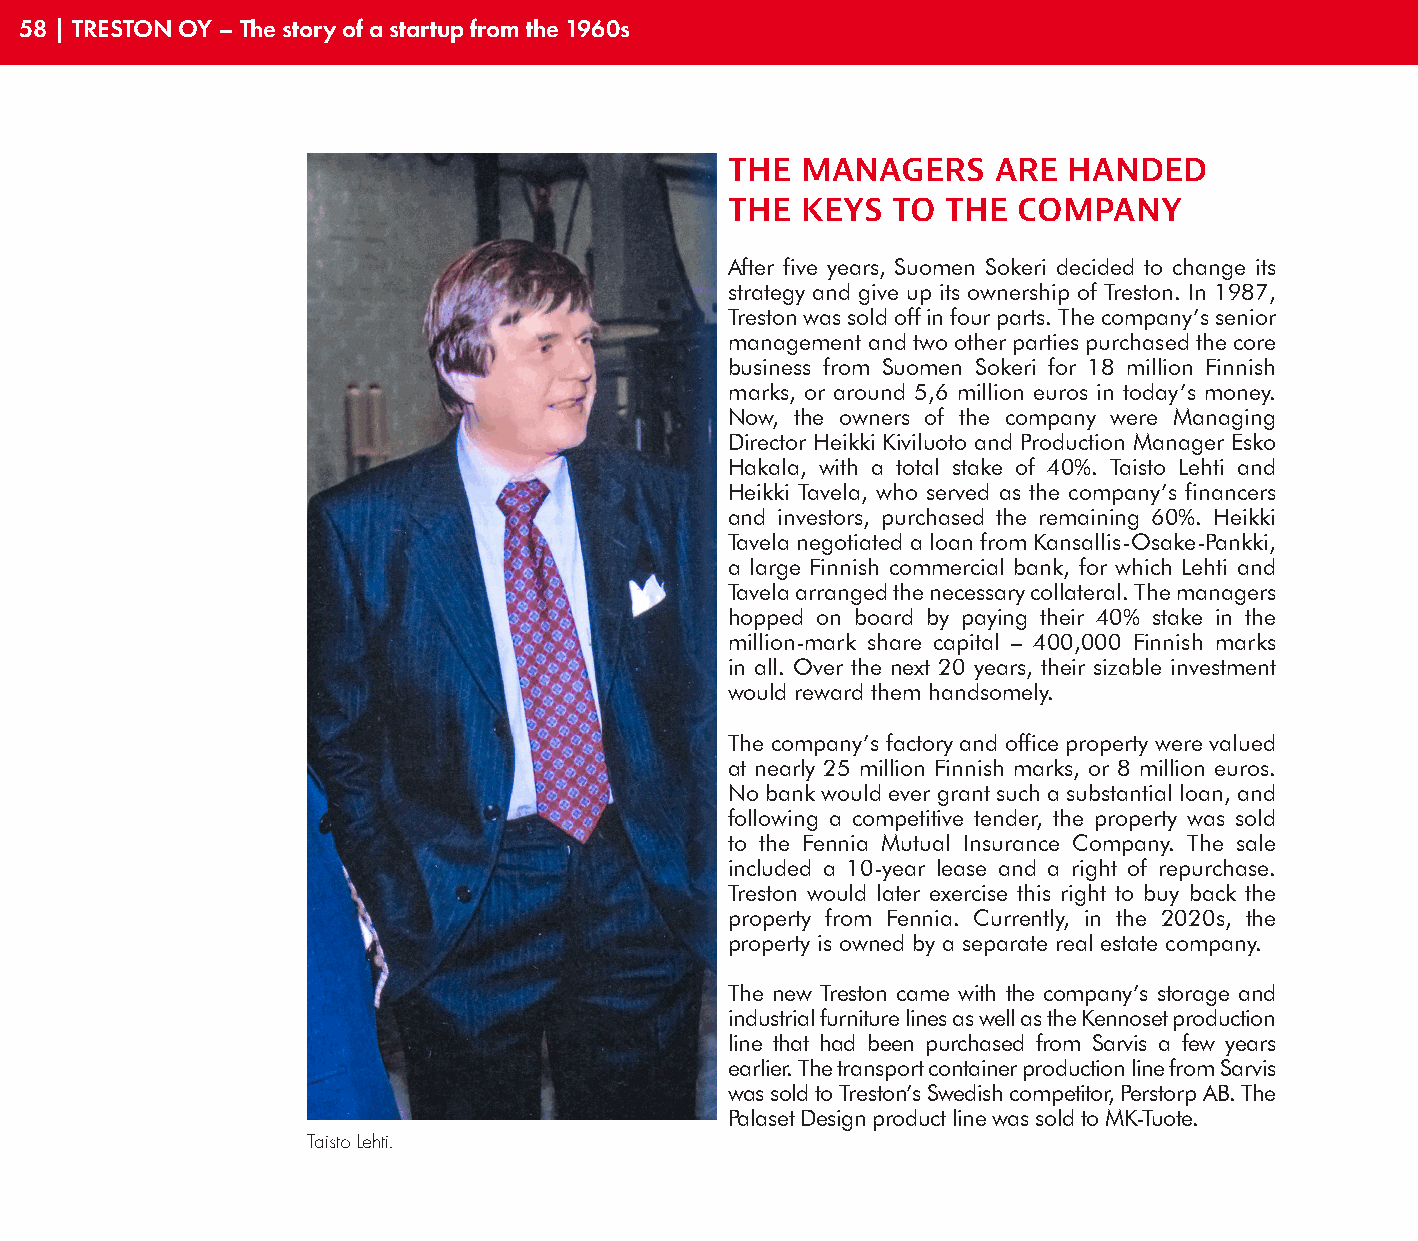
58 | TRESTON OY – The story of a startup from the 1960s
 THE  MANAGERS     ARE  HANDED
 THE  KEYS  TO  THE COMPANY
 After five years, Suomen Sokeri decided to change its
 strategy and give up its ownership of Treston. In 1987,
 Treston was sold off in four parts. The company’s senior
 management and two other parties purchased the core
 business from Suomen Sokeri for 18 million Finnish
 marks, or around 5,6 million euros in today’s money.
 Now, the owners of the company were Managing
 Director Heikki Kiviluoto and Production Manager Esko
 Hakala, with a total stake of 40%. Taisto Lehti and
 Heikki Tavela, who served as the company’s financers
 and investors, purchased the remaining 60%. Heikki
 Tavela negotiated a loan from Kansallis-Osake-Pankki,
 a large Finnish commercial bank, for which Lehti and
 Tavela arranged the necessary collateral. The managers
 hopped on board by paying their 40% stake in the
 million-mark share capital – 400,000 Finnish marks
 in all. Over the next 20 years, their sizable investment
 would reward them handsomely.
 The company’s factory and office property were valued
 at nearly 25 million Finnish marks, or 8 million euros.
 No bank would ever grant such a substantial loan, and
 following a competitive tender, the property was sold
 to the Fennia Mutual Insurance Company. The sale
 included a 10-year lease and a right of repurchase.
 Treston would later exercise this right to buy back the
 property from Fennia. Currently, in the 2020s, the
 property is owned by a separate real estate company.
 The new Treston came with the company’s storage and
 industrial furniture lines as well as the Kennoset production
 line that had been purchased from Sarvis a few years
 earlier. The transport container production line from Sarvis
 was sold to Treston’s Swedish competitor, Perstorp AB. The
 Palaset Design product line was sold to MK-Tuote.
 Taisto Lehti.